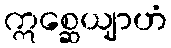
ဣစ္ဆေယျာဟံ